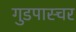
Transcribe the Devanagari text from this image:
गुडपास्चर